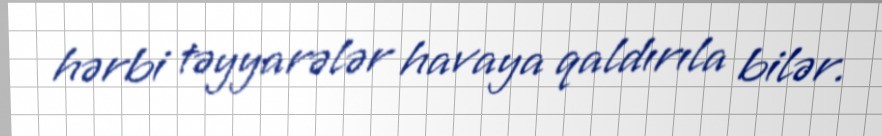
hərbi təyyarələr havaya qaldırıla bilər.